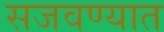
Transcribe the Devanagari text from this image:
सजवण्यात